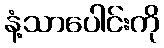
နံ့သာပေါင်းကို